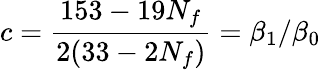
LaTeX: c=\frac{153-19N_{f}}{2(33-2N_{f})}=\beta_{1}/\beta_{0}